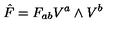
{ \hat { F } } = F _ { a b } V ^ { a } \wedge V ^ { b }